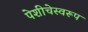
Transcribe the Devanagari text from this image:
पेशीचेस्वरूप